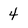
Character: 4